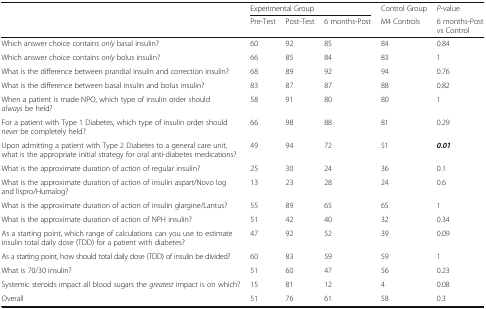
<table><thead><tr><td></td><td colspan="3"><b>Experimental Group</b></td><td><b>Control Group</b></td><td><b><i>P</i>-value</b></td></tr><tr><td></td><td><b>Pre-Test</b></td><td><b>Post-Test</b></td><td><b>6 months-Post</b></td><td><b>M4 Controls</b></td><td><b>6 months-Post vs Control</b></td></tr></thead><tbody><tr><td>Which answer choice contains <i>only</i> basal insulin?</td><td>60</td><td>92</td><td>85</td><td>84</td><td>0.84</td></tr><tr><td>Which answer choice contains <i>only</i> bolus insulin?</td><td>66</td><td>85</td><td>84</td><td>83</td><td>1</td></tr><tr><td>What is the difference between prandial insulin and correction insulin?</td><td>68</td><td>89</td><td>92</td><td>94</td><td>0.76</td></tr><tr><td>What is the difference between basal insulin and bolus insulin?</td><td>83</td><td>87</td><td>87</td><td>88</td><td>0.82</td></tr><tr><td>When a patient is made NPO, which type of insulin order should <i>always</i> be held?</td><td>58</td><td>91</td><td>80</td><td>80</td><td>1</td></tr><tr><td>For a patient with Type 1 Diabetes, which type of insulin order should <i>never</i> be completely held?</td><td>66</td><td>98</td><td>88</td><td>81</td><td>0.29</td></tr><tr><td>Upon admitting a patient with Type 2 Diabetes to a general care unit, what is the appropriate initial strategy for oral anti-diabetes medications?</td><td>49</td><td>94</td><td>72</td><td>51</td><td><b><i>0.01</i></b></td></tr><tr><td>What is the approximate duration of action of regular insulin?</td><td>25</td><td>30</td><td>24</td><td>36</td><td>0.1</td></tr><tr><td>What is the approximate duration of action of insulin aspart/Novo log and lispro/Humalog?</td><td>13</td><td>23</td><td>28</td><td>24</td><td>0.6</td></tr><tr><td>What is the approximate duration of action of insulin glargine/Lantus?</td><td>55</td><td>89</td><td>65</td><td>65</td><td>1</td></tr><tr><td>What is the approximate duration of action of NPH insulin?</td><td>51</td><td>42</td><td>40</td><td>32</td><td>0.34</td></tr><tr><td>As a starting point, which range of calculations can you use to estimate insulin total daily dose (TDD) for a patient with diabetes?</td><td>47</td><td>92</td><td>52</td><td>39</td><td>0.09</td></tr><tr><td>As a starting point, how should total daily dose (TDD) of insulin be divided?</td><td>60</td><td>83</td><td>59</td><td>59</td><td>1</td></tr><tr><td>What is 70/30 insulin?</td><td>51</td><td>60</td><td>47</td><td>56</td><td>0.23</td></tr><tr><td>Systemic steroids impact all blood sugars the <i>greatest</i> impact is on which?</td><td>15</td><td>81</td><td>12</td><td>4</td><td>0.08</td></tr><tr><td>Overall</td><td>51</td><td>76</td><td>61</td><td>58</td><td>0.3</td></tr></tbody></table>